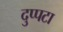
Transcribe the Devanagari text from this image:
दुप्पटा